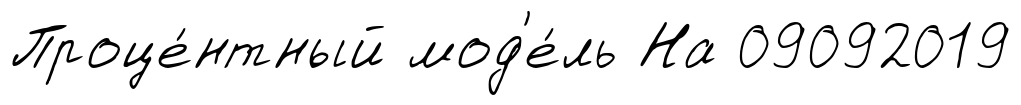
Проце́нтный мод'е́ль На 09092019